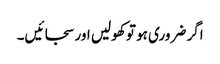
اگر ضروری ہو تو کھولیں اور سجائیں۔